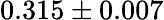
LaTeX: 0.315\pm 0.007